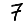
Digit: 7